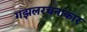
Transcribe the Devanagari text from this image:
गझलरचनाकार